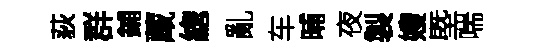
荻群鋪蔵緫亂车晡夜製嫂塈喘